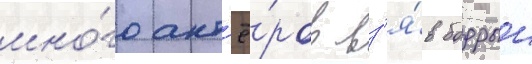
мно́го акт'ё́ров вз'я́в бодрыи